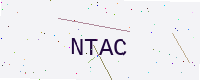
Text: NTAC